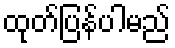
ထုတ်ပြန်ပါမည်